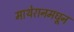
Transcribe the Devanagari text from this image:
माथेरानमधून